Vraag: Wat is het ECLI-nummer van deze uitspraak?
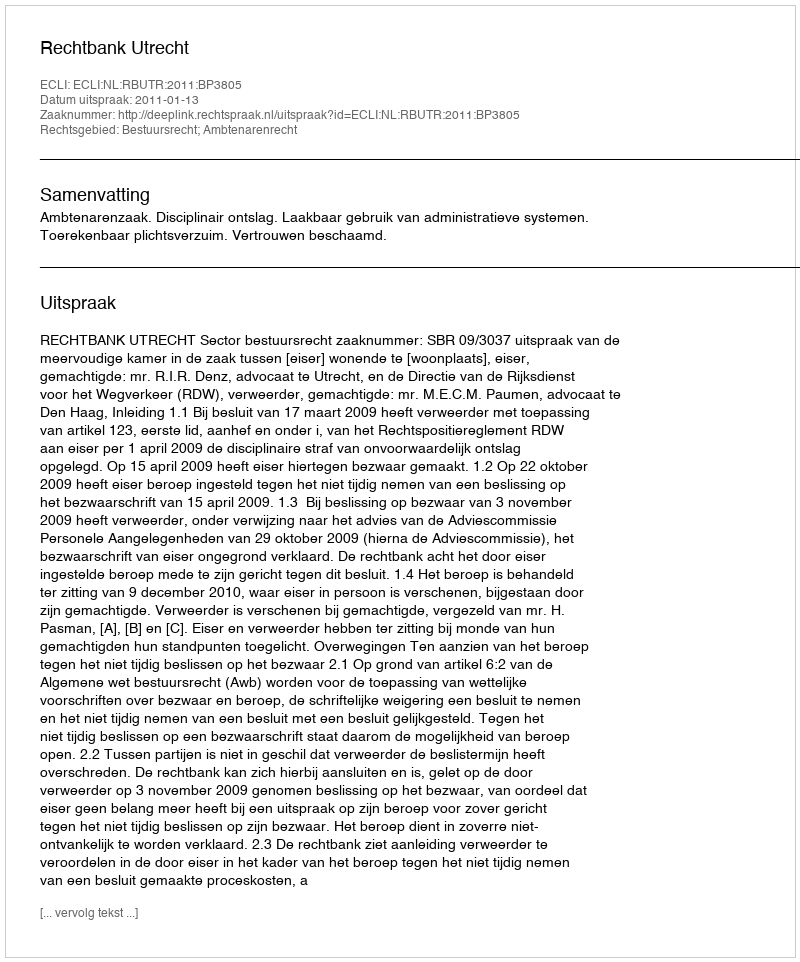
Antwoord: ECLI:NL:RBUTR:2011:BP3805